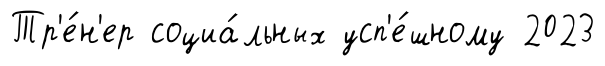
Тр'е́н'ер социа́льных усп'е́шному 2023